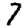
Digit: 7